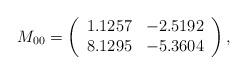
LaTeX: \begin{align*}M_{00}=\left(\begin{array}{c c}1.1257&-2.5192\\8.1295&-5.3604\\\end{array}\right),\end{align*}